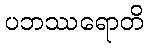
ပဘဿရောတိ